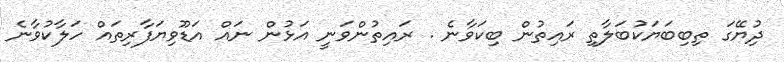
ދިުޔޭގަ ތިބިބަޔަކުބަލާތި ރައިތުން ބިކަވާނެ . ރައިތުންވަނީ އަޅުން ނައް އަޑޫވިޔަފާރިތައް ހަލާކުވާނެ